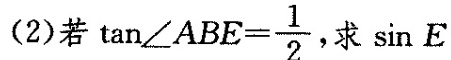
(2)若 $$\tan ∠ A B E = \frac { 1 } { 2 }$$ ，求sin E